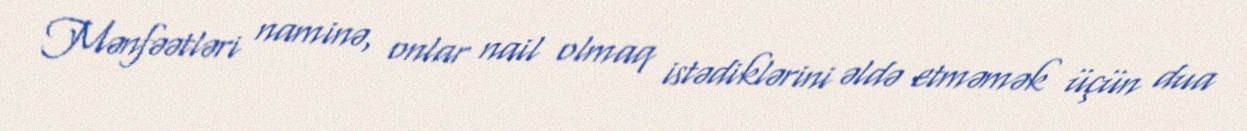
Mənfəətləri naminə, onlar nail olmaq istədiklərini əldə etməmək üçün dua